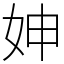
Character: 妽